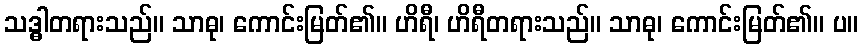
သဒ္ဓါတရားသည်။ သာဓု၊ ကောင်းမြတ်၏။ ဟိရီ၊ ဟိရီတရားသည်။ သာဓု၊ ကောင်းမြတ်၏။ ပ။